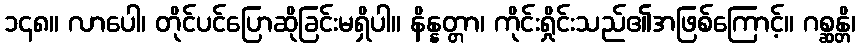
၁၄၈။ လာပေါ၊ တိုင်ပင်ပြောဆိုခြင်းမရှိပါ။ နိန္နတ္တာ၊ ကိုင်းရှိုင်းသည်၏အဖြစ်ကြောင့်။ ဂစ္ဆန္တိ၊